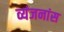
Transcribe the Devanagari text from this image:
व्यंजनांस